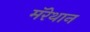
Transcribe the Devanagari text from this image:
मॅरेथान